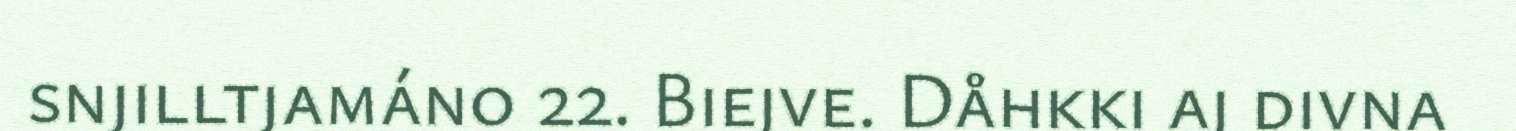
snjilltjamáno 22. Biejve. Dåhkki aj divna